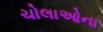
ચોલાઓના